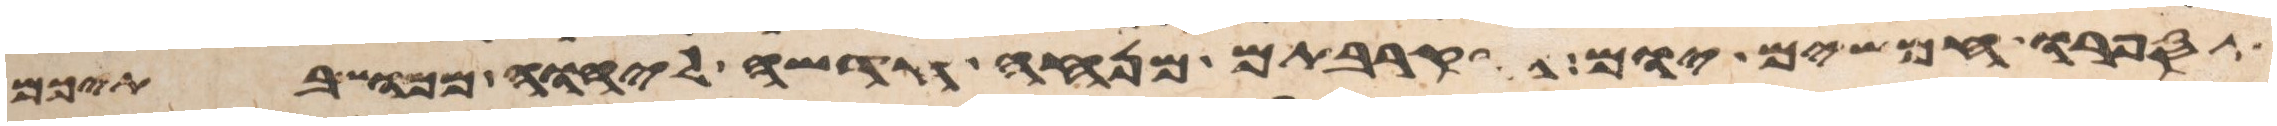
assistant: תספרו חמשים יום והקרבתם מנחה חדשה ליהוה ממושבתיכם